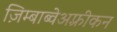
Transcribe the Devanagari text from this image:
ज़िम्बाब्वेअफ़्रीकन